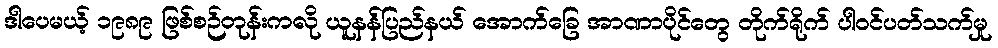
ဒါပေမယ့် ၁၉၈၉ ဖြစ်စဉ်တုန်းကလို ယူနန်ပြည်နယ် အောက်ခြေ အာဏာပိုင်တွေ တိုက်ရိုက် ပါဝင်ပတ်သက်မှု